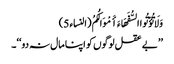
وَلَا تُؤْتُوا السُّفَهَاءَ أَمْوَالَکُمُ (النساء 5)
’’بے عقل لوگوں کو اپنا مال نہ دو‘‘۔